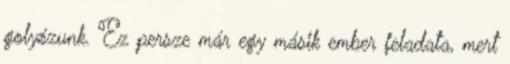
golyózunk. Ez persze már egy másik ember feladata, mert